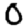
Digit: 0